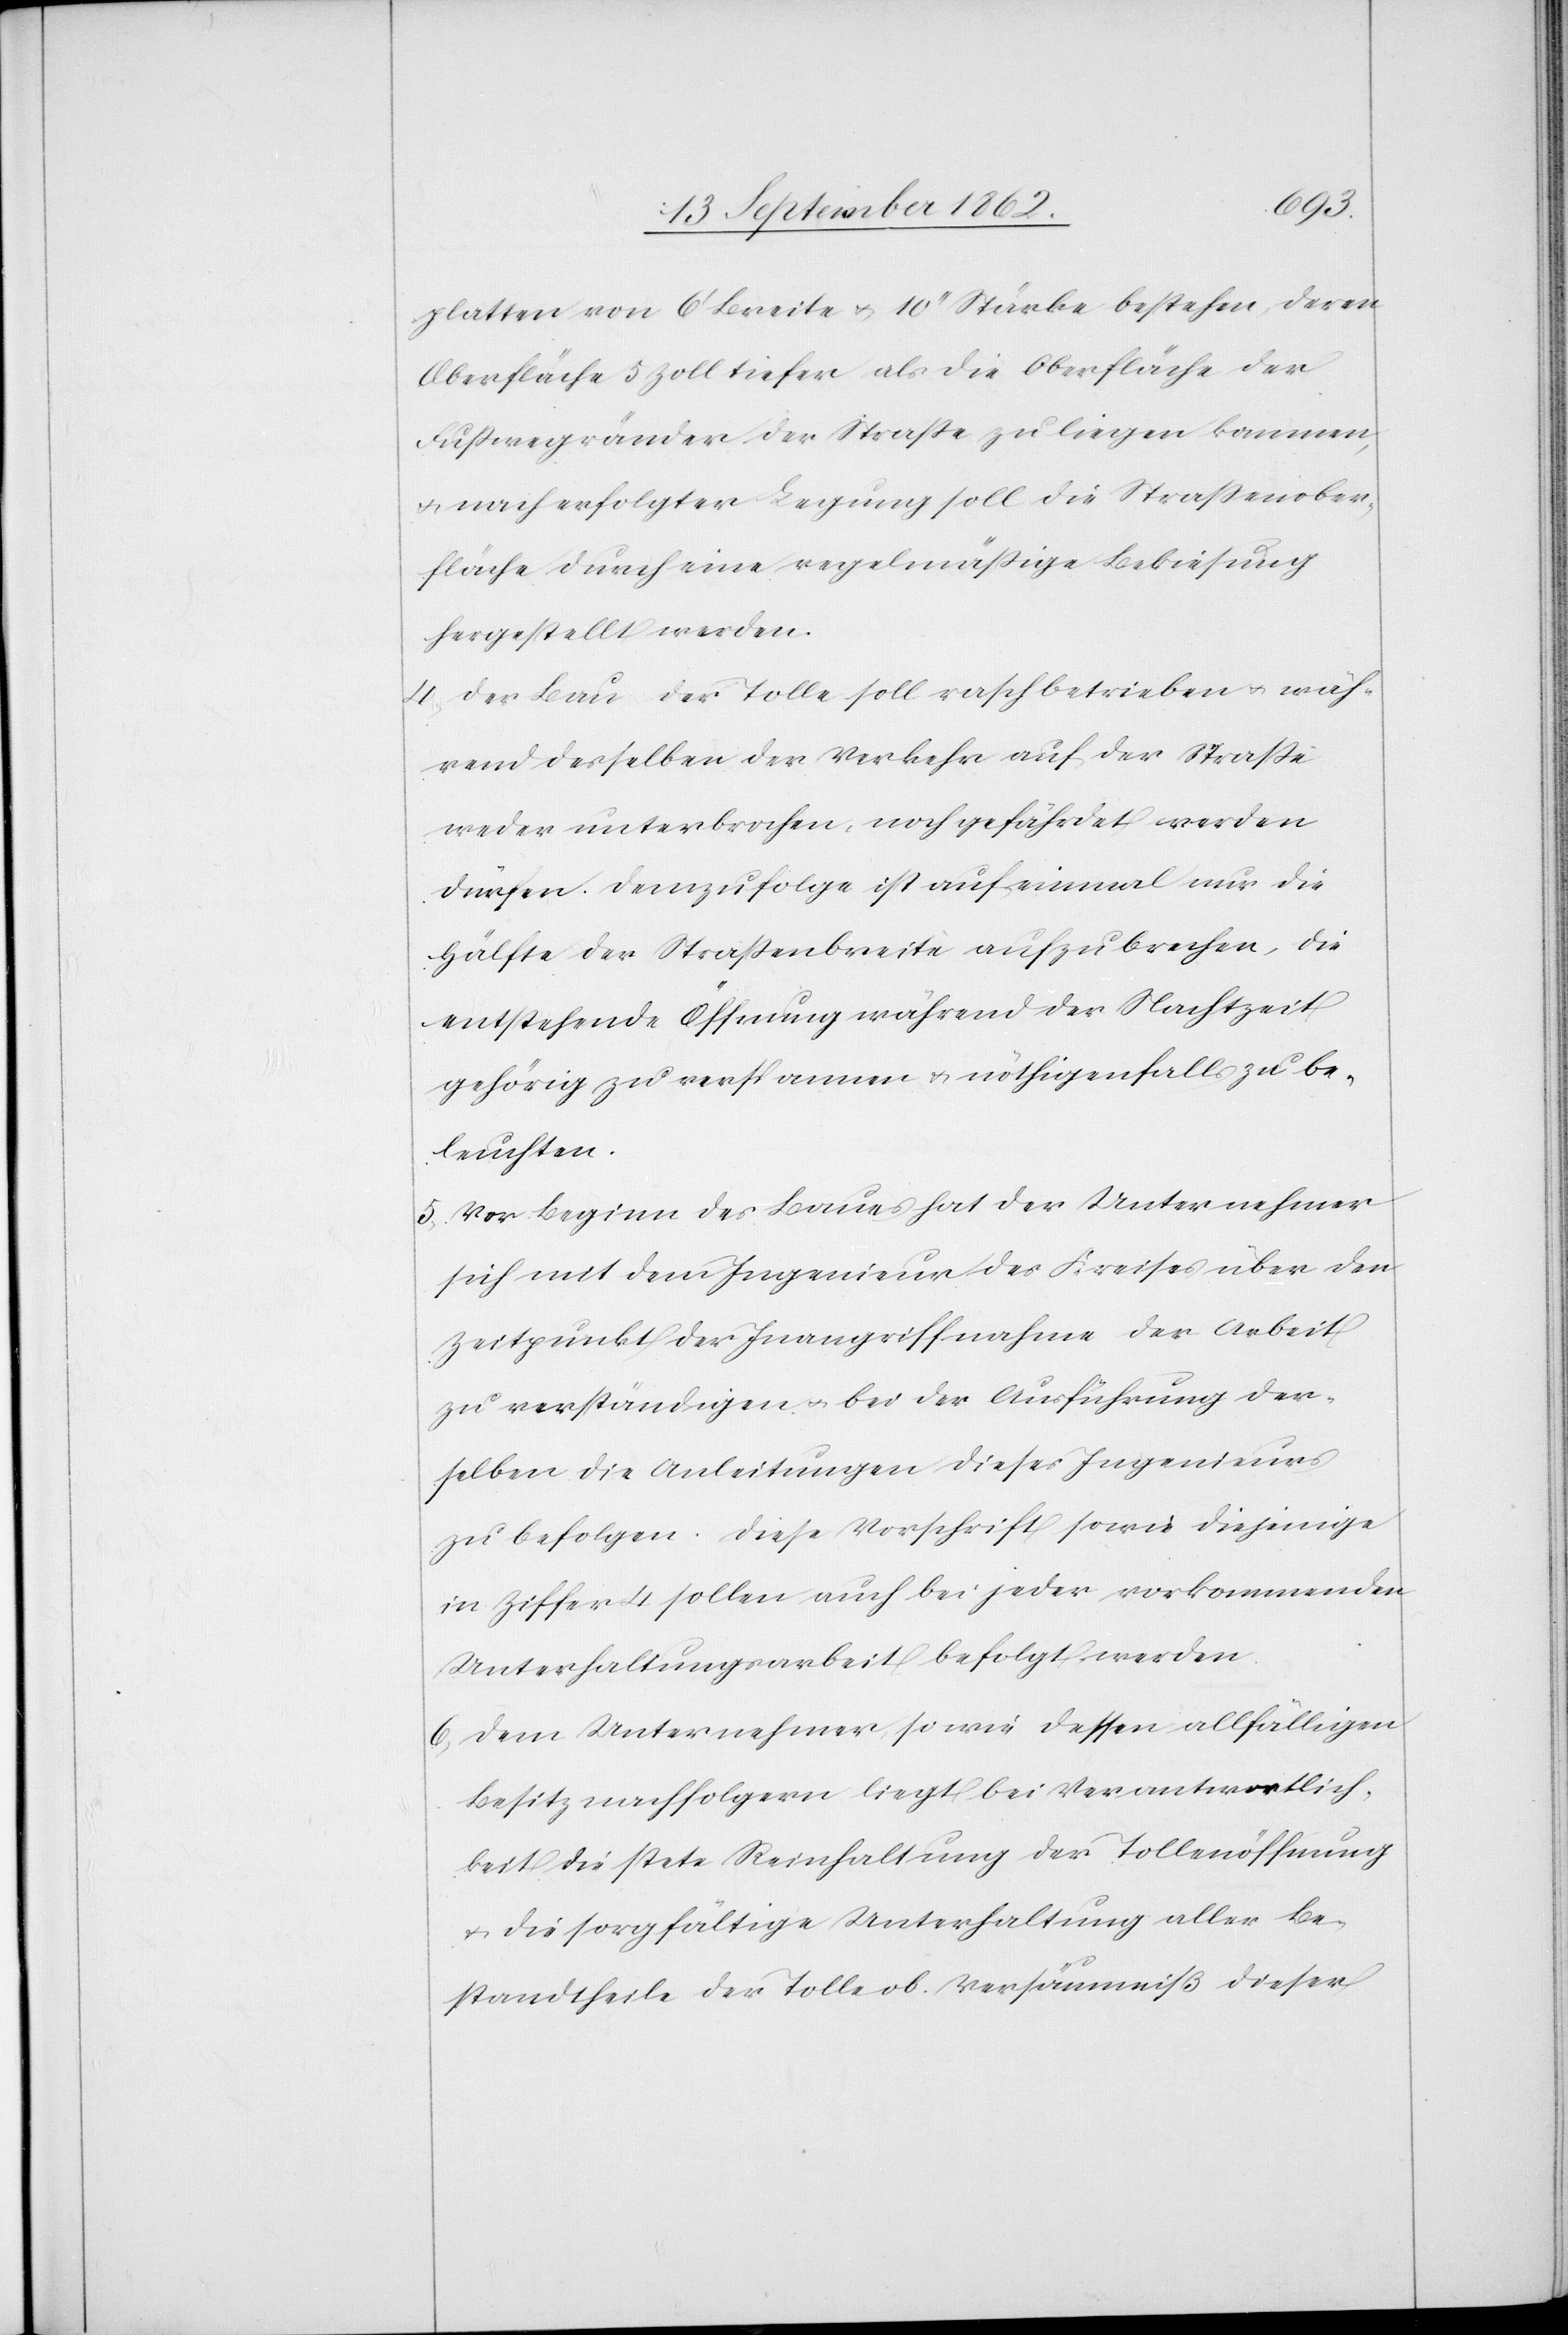
platten von 6’ Breite u. 10’’ Stärke bestehen, deren
Oberfläche 5 Zoll tiefer als die Oberfläche der
Fußwegränder der Straße zu liegen kommen,
u. nach erfolgter Legung soll die Straßenober¬
fläche durch eine regelmäßige Bekiesung
hergestellt werden.
4. Der Bau der Tolle soll rasch betrieben u. wäh¬
rend desselben der Verkehr auf der Straße
weder unterbrochen, noch gefährdet werden
dürfen. Demzufolge ist auf einmal nur die
Hälfte der Straßenbreite aufzubrechen, die
entstehende Öffnung während der Nachtzeit
gehörig zu verspannen u. nöthigenfalls zu be¬
leuchten.
5. Vor Beginn des Baues hat der Unternehmer
sich mit dem Ingenieur des Kreises über den
Zeitpunkt der Inangriffnahme der Arbeit
zu verständigen u. bei der Ausführung der¬
selben die Anleitungen dieses Ingenieurs
zu befolgen. Diese Vorschrift sowie diejenige
in Ziffer 4 sollen auch bei jeder vorkommenden
Unterhaltungsarbeit befolgt werden.
6. Dem Unternehmer, sowie dessen allfälligen
Besitznachfolgern liegt bei Verantwortlich¬
keit die stete Reinhaltung der Tollenöffnung
u. die sorgfältige Unterhaltung aller Be¬
standtheile der Tolle ob. Versäumniß dieser